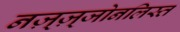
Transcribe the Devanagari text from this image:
नज़्ज़्जोनलिस्त